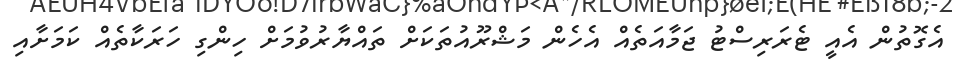
އެގޮތުން އެއީ ޓެރަރިސްޓު ޖަމާއަތެއް އެހެން މަޝްރޫއުތަކަށް ތައްޔާރުވުމަށް ހިންގި ހަރަކާތެއް ކަމަށާއި